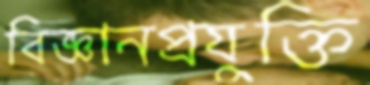
বিজ্ঞানপ্রযুক্তি